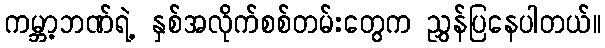
ကမ္ဘာ့ဘဏ်ရဲ့ နှစ်အလိုက်စစ်တမ်းတွေက ညွှန်ပြနေပါတယ်။